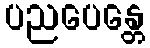
ပညပေန္တေ